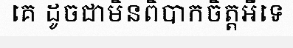
គេ ដូចជាមិនពិបាកចិត្តអីទេ